Report of the Indian Hemp Drugs Commission, 1894-1895 - Volume II
Year: 1894
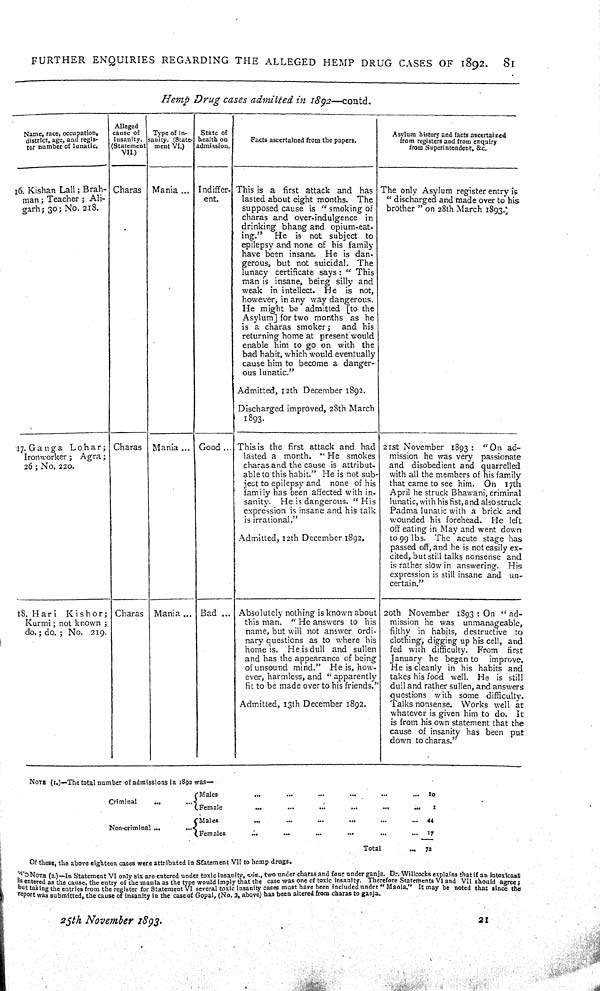
FURTHER ENQUIRIES REGARDING THE ALLEGED HEMP DRUG CASES OF 1892.
81
Hemp Drug cases admitted in 1892—contd.
Name, race, occupation,
district, age, and regis-
ter number of lunatic.
Alleged
cause of
insanity.
(Statement
VII.)
Type of in-
sanity. (State-
ment VI.)
State of
health on
admission.
Facts ascertained from the papers.
Asylum history and facts ascertained
from registers and from enquiry
from Superintendent, &c.
16. Kishan Lall ; Brah-
man ; Teacher; Ali-
garh; 30; No. 218.
Charas Mania
Indiffer-
ent.
This is a first attack and has
lasted about eight months. The
supposed cause is "smoking of
charas and over-indulgence in
drinking bhang and opium-eat-
ing."
He is not subject to
epilepsy and none of his family
have been insane. He is dan-
gerous, but not suicidal. The
lunacy certificate says: "This
man is insane, being silly and
weak in intellect. He is not,
however, in any way dangerous.
He might be admitted [to the
Asylum] for two months as he
is a charas smoker; and his
returning home at present would
enable him to go on with the
bad habit, which would eventually
cause him to become a danger-
ous lunatic."
Admitted, 12th December 1892.
Discharged improved, 28th March
1893.
The only Asylum register entry is
"discharged and made over to his
brother " on 28th March 1893.
17. Ganga Lohar;
Ironworker; Agra;
26; No. 220.
Charas Mania
Good
This is the first attack and had
lasted a month. "He smokes
charas and the cause is attribut-
able to this habit." He is not sub-
ject to epilepsy and none of his
family has been affected with in-
sanity. He is dangerous. "His
expression is insane and his talk
is irrational."
Admitted, 12th December 1892.
21st November 1893 : "On ad-
mission he was very passionate
and disobedient and quarrelled
with all the members of his family
that came to see him. On 17th
April he struck Bhawani, criminal
lunatic, with his fist, and also struck
Padma lunatic with a brick and
wounded his forehead. He left
off eating in May and went down
to 99 lbs. The acute stage has
passed off, and he is not easily ex-
cited, but still talks nonsense and
is rather slow in answering. His
expression is still insane and un-
certain."
18. Hari
Kishor;
Kurmi; not known ;
do.; do.; No. 219.
Charas Mania
Bad
Absolutely nothing is known about
this man. "He answers to his
name, but will not answer ordi-
nary questions as to where his
home is. He is dull and sullen
and has the appearance of being
of unsound mind." He is, how-
ever, harmless, and "apparently
fit to be made over to his friends."
Admitted, 13th December 1892.
20th November 1893 : On "ad-
mission he was unmanageable,
filthy in habits, destructive to
clothing, digging up his cell, and
fed with difficulty. From first
January he began to improve.
He is cleanly in his habits and
takes his food well. He is still
dull and rather sullen, and answers
questions with some difficulty.
Talks nonsense. Works well at
whatever is given him to do. It
is from his own statement that the
cause of insanity has been put
down to charas."
NOTE (1.)—The total number of admissions in 1892 was—
Criminal
Males
10
Criminal
Female
1
Non-criminal
Males
44
Non-criminal
Females
17
Total
72
Of these, the above eighteen cases were attributed in Statement VII to hemp drugs.
TO NOTE (2.)—In Statement VI only six are entered under toxic insanity, viz., two under charas and four under ganja. Dr. Willcocks e x p l a i n s that if an intoxicant
is entered as the cause, the entry of the mania as the type would imply that the case was
one
of
toxic
insanity. Therefore Statements VI and VII should
but taking the entries from the register for Statement VI several toxic insanity; cases must have been included under "Mania." It may be noted that since the
report was submitted, the cause of insanity in the case of Gopal, (No. 3, above) has been altered from charas to ganja.
25th November 1893.
21